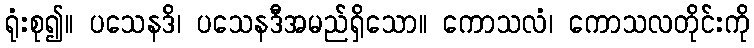
ရုံးစု၍။ ပသေနဒိ၊ ပသေနဒီအမည်ရှိသော။ ကောသလံ၊ ကောသလတိုင်းကို